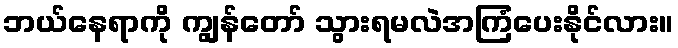
ဘယ်နေရာကို ကျွန်တော် သွားရမလဲအကြံပေးနိုင်လား။